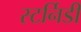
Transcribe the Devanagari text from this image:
स्टर्निडी